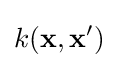
k(\mathbf {x} ,\mathbf {x'} )